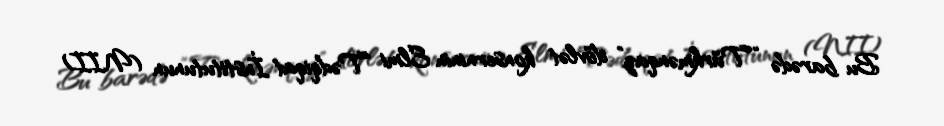
Bu barədə “Türkmənqaz” dövlət konserninin Elmi Tədqiqat İnstitutunun (NII)